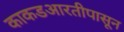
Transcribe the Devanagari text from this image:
काकडआरतीपासून